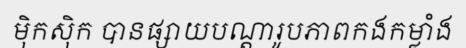
ម៉ិកស៊ិក បានផ្សាយបណ្តារូបភាពកងកម្លាំង